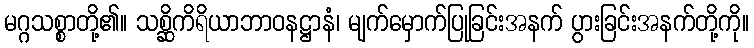
မဂ္ဂသစ္စာတို့၏။ သစ္ဆိကိရိယာဘာဝနဋ္ဌာနံ၊ မျက်မှောက်ပြုခြင်းအနက် ပွားခြင်းအနက်တို့ကို။